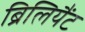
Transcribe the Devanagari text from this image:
ब्रिलियैंट